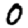
Digit: 0